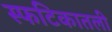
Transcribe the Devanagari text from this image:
स्फटिकातली